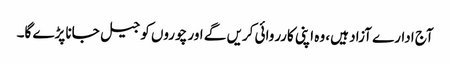
آج ادارے آزاد ہیں، وہ اپنی کارروائی کریں گے اور چوروں کو جیل جانا پڑے گا۔